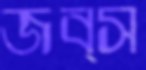
জব্স